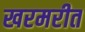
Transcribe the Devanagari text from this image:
खरमरीत